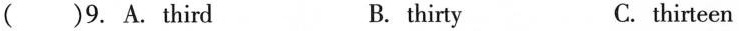
( )9. A.Third B. thirty C. thirteen